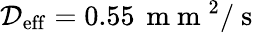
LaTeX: \mathcal{D}_{\mathrm{{{eff}}}}=0.55\, \mathrm{{~m~m~}}^{2}/\mathrm{{~s~}}